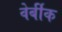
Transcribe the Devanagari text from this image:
वेर्बीक